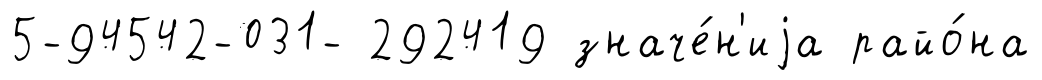
5-94542-031- 292419 значе́н'иjа райо́на